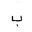
Letter: _ba